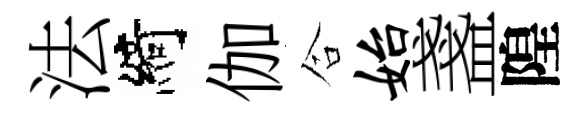
法綺伽合始盞隍